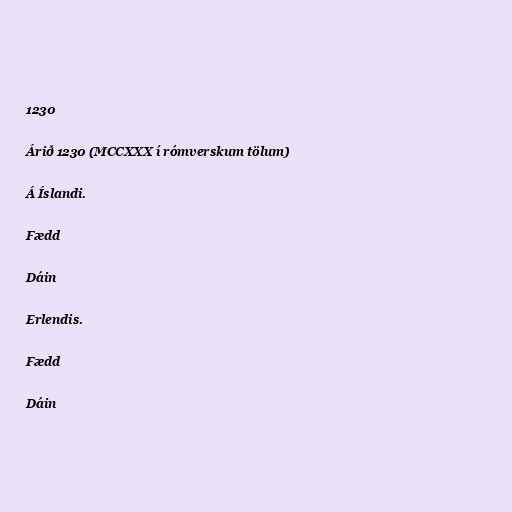
1230

Árið 1230 (MCCXXX í rómverskum tölum)

Á Íslandi.

Fædd

Dáin

Erlendis.

Fædd

Dáin